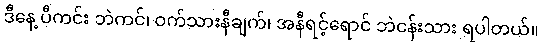
ဒီနေ့ ပီကင်း ဘဲကင်၊ ဝက်သားနီချက်၊ အနီရင့်ရောင် ဘဲငန်းသား ရပါတယ်။